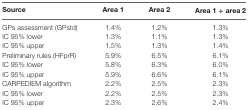
| Source | Area 1 | Area 2 | Area 1 + area 2 |
 | --- | --- | --- | --- |
 | GPs assessment (GPstd) | 1.4% | 1.2% | 1.3% |
 | IC 95% lower | 1.3% | 1.1% | 1.3% |
 | IC 95% upper | 1.5% | 1.3% | 1.4% |
 | Preliminary rules (HFprR) | 5.9% | 6.5% | 6.1% |
 | IC 95% lower | 5.8% | 6.3% | 6.0% |
 | IC 95% upper | 5.9% | 6.6% | 6.1% |
 | CARPEDIEM algorithm | 2.2% | 2.5% | 2.3% |
 | IC 95% lower | 2.2% | 2.5% | 2.3% |
 | IC 95% upper | 2.3% | 2.6% | 2.4% |